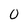
Character: 0